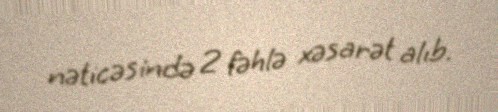
nəticəsində 2 fəhlə xəsarət alıb.